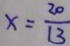
x = \frac { 2 0 } { 1 3 }